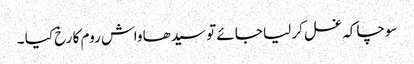
سوچا کہ غسل کر لیا جائے تو سیدھا واش روم کا رخ کیا ۔